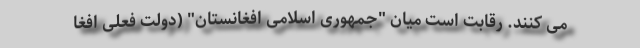
می کنند. رقابت است میان "جمهوری اسلامی افغانستان" (دولت فعلی افغا